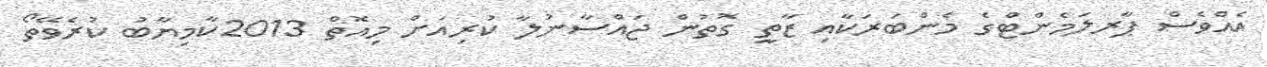
އެއްވެސް ޕާރލަމެންޓްގެ މެންބަރަކާއި ޒާތީ ގޮތުން ޖައްސާނުލާ ކުރިއަށް މިއޮތް 2013ކާމިޔާބު ކުރެވޭތޯ